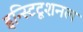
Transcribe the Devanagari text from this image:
इन्स्टिटूशनल